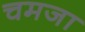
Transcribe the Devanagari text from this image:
चमजा